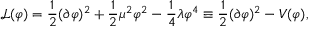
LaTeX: { \mathcal { L } } ( \varphi ) = { \frac { 1 } { 2 } } ( \partial \varphi ) ^ { 2 } + { \frac { 1 } { 2 } } \mu ^ { 2 } \varphi ^ { 2 } - { \frac { 1 } { 4 } } \lambda \varphi ^ { 4 } \equiv { \frac { 1 } { 2 } } ( \partial \varphi ) ^ { 2 } - V ( \varphi ) ,